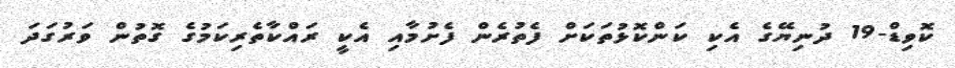
ކޮވިޑް-19 ދުނިޔޭގެ އެކި ކަންކޮޅުތަކަށް ފެތުރެން ފެށުމާއި އެކީ ރައްކާތެރިކަމުގެ ގޮތުން ވަރުގަދަ